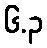
၆.၃